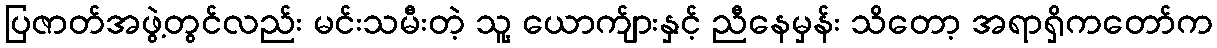
ပြဇာတ်အဖွဲ့တွင်လည်း မင်းသမီးတဲ့ သူ့ ယောက်ျားနှင့် ညီနေမှန်း သိတော့ အရာရှိကတော်က